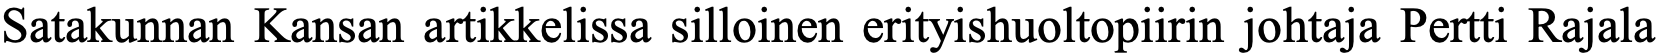
Satakunnan Kansan artikkelissa silloinen erityishuoltopiirin johtaja Pertti Rajala